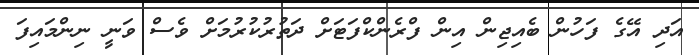
އަދި އޭގެ ފަހުން ބެއިޖިން އިން ފްރެންކްފަޓަށް ދަތުރުކުރުމަށް ވެސް ވަނީ ނިންމައިފަ